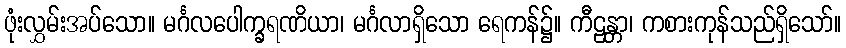
ဖုံးလွှမ်းအပ်သော။ မင်္ဂလပေါက္ခရဏိယာ၊ မင်္ဂလာရှိသော ရေကန်၌။ ကီဠန္တာ၊ ကစားကုန်သည်ရှိသော်။